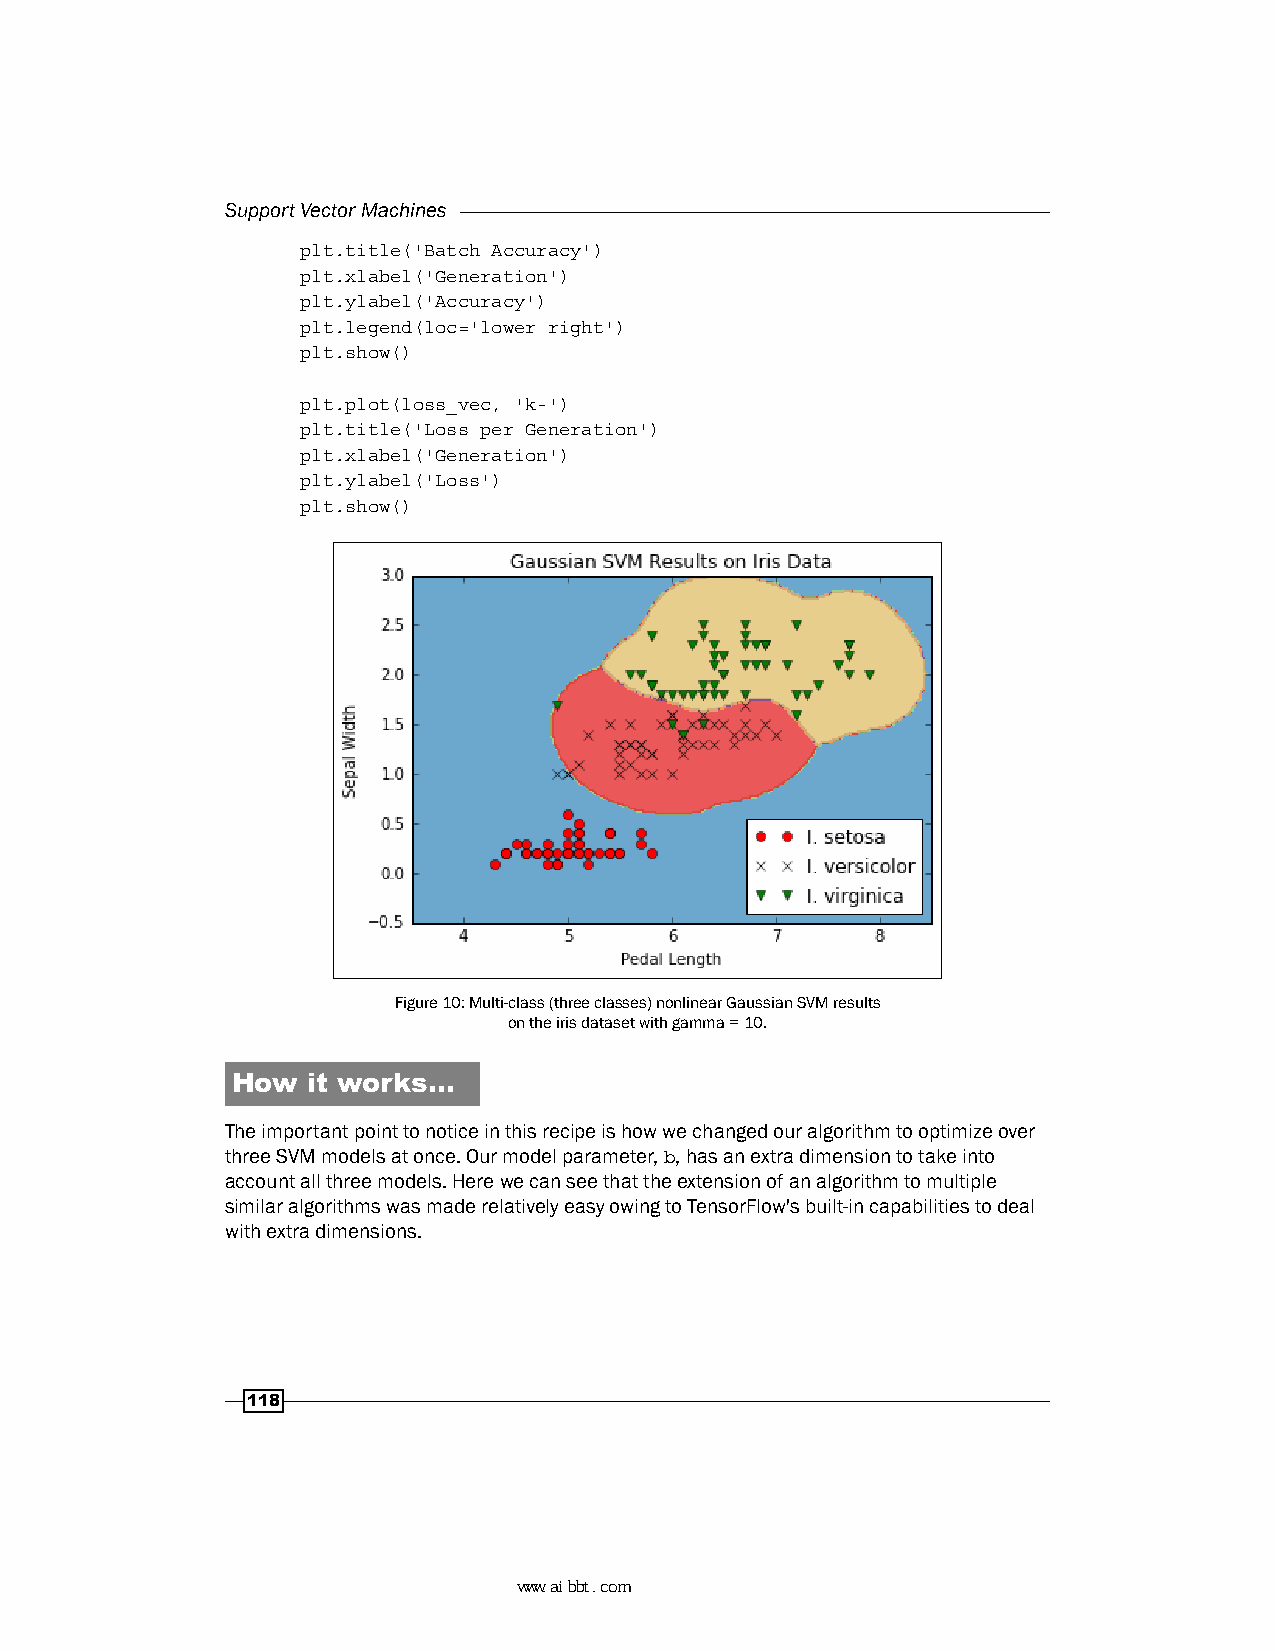
Support Vector Machines
 plt.title('Batch Accuracy')
 plt.xlabel('Generation')
 plt.ylabel('Accuracy')
 plt.legend(loc='lower right')
 plt.show()
 plt.plot(loss_vec, 'k-')
 plt.title('Loss per Generation')
 plt.xlabel('Generation')
 plt.ylabel('Loss')
 plt.show()
 Figure 10: Multi-class (three classes) nonlinear Gaussian SVM results
 on the iris dataset with gamma = 10.
 How  it works…
 The important point to notice in this recipe is how we changed our algorithm to optimize over
 three SVM models at once. Our model parameter, b, has an extra dimension to take into
 account all three models. Here we can see that the extension of an algorithm to multiple
 similar algorithms was made relatively easy owing to TensorFlow's built-in capabilities to deal
 with extra dimensions.
 118
 www.aibbt.com 让未来触手可及